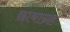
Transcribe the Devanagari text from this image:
छायाग्रह